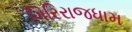
ગિરિરાજધામ